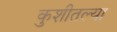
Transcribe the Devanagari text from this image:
कुशीतल्या